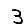
Digit: 3